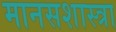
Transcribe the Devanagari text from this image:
मानसशास्त्रा